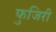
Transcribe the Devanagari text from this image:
फुजिरी